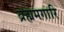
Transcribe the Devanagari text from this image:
ब्रह्ममगारि